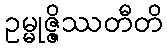
ဥမ္မုဇ္ဇိဿတီတိ